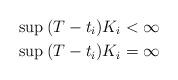
LaTeX: \begin{align*} & \sup\:(T-t_i)K_i < \infty \\ & \sup\: (T-t_i)K_i = \infty \\\end{align*}